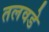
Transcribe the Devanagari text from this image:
तलवडे